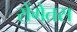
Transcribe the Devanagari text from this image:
रोंगेतस